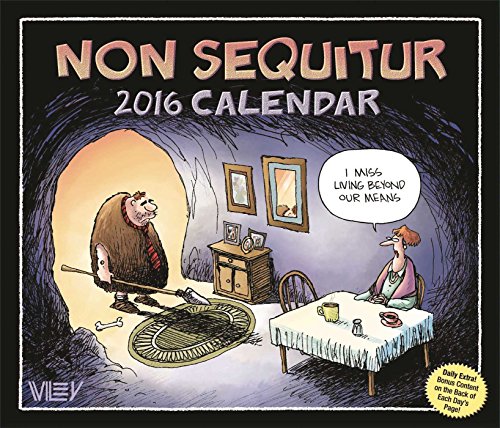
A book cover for Non Sequitur 2016 Day-to-Day Calendar; Wiley Miller; Calendars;